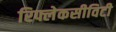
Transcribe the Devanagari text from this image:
रिफ्लेकसीविटी